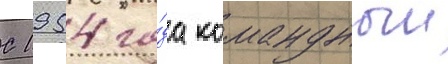
С 1954 го́да командныи